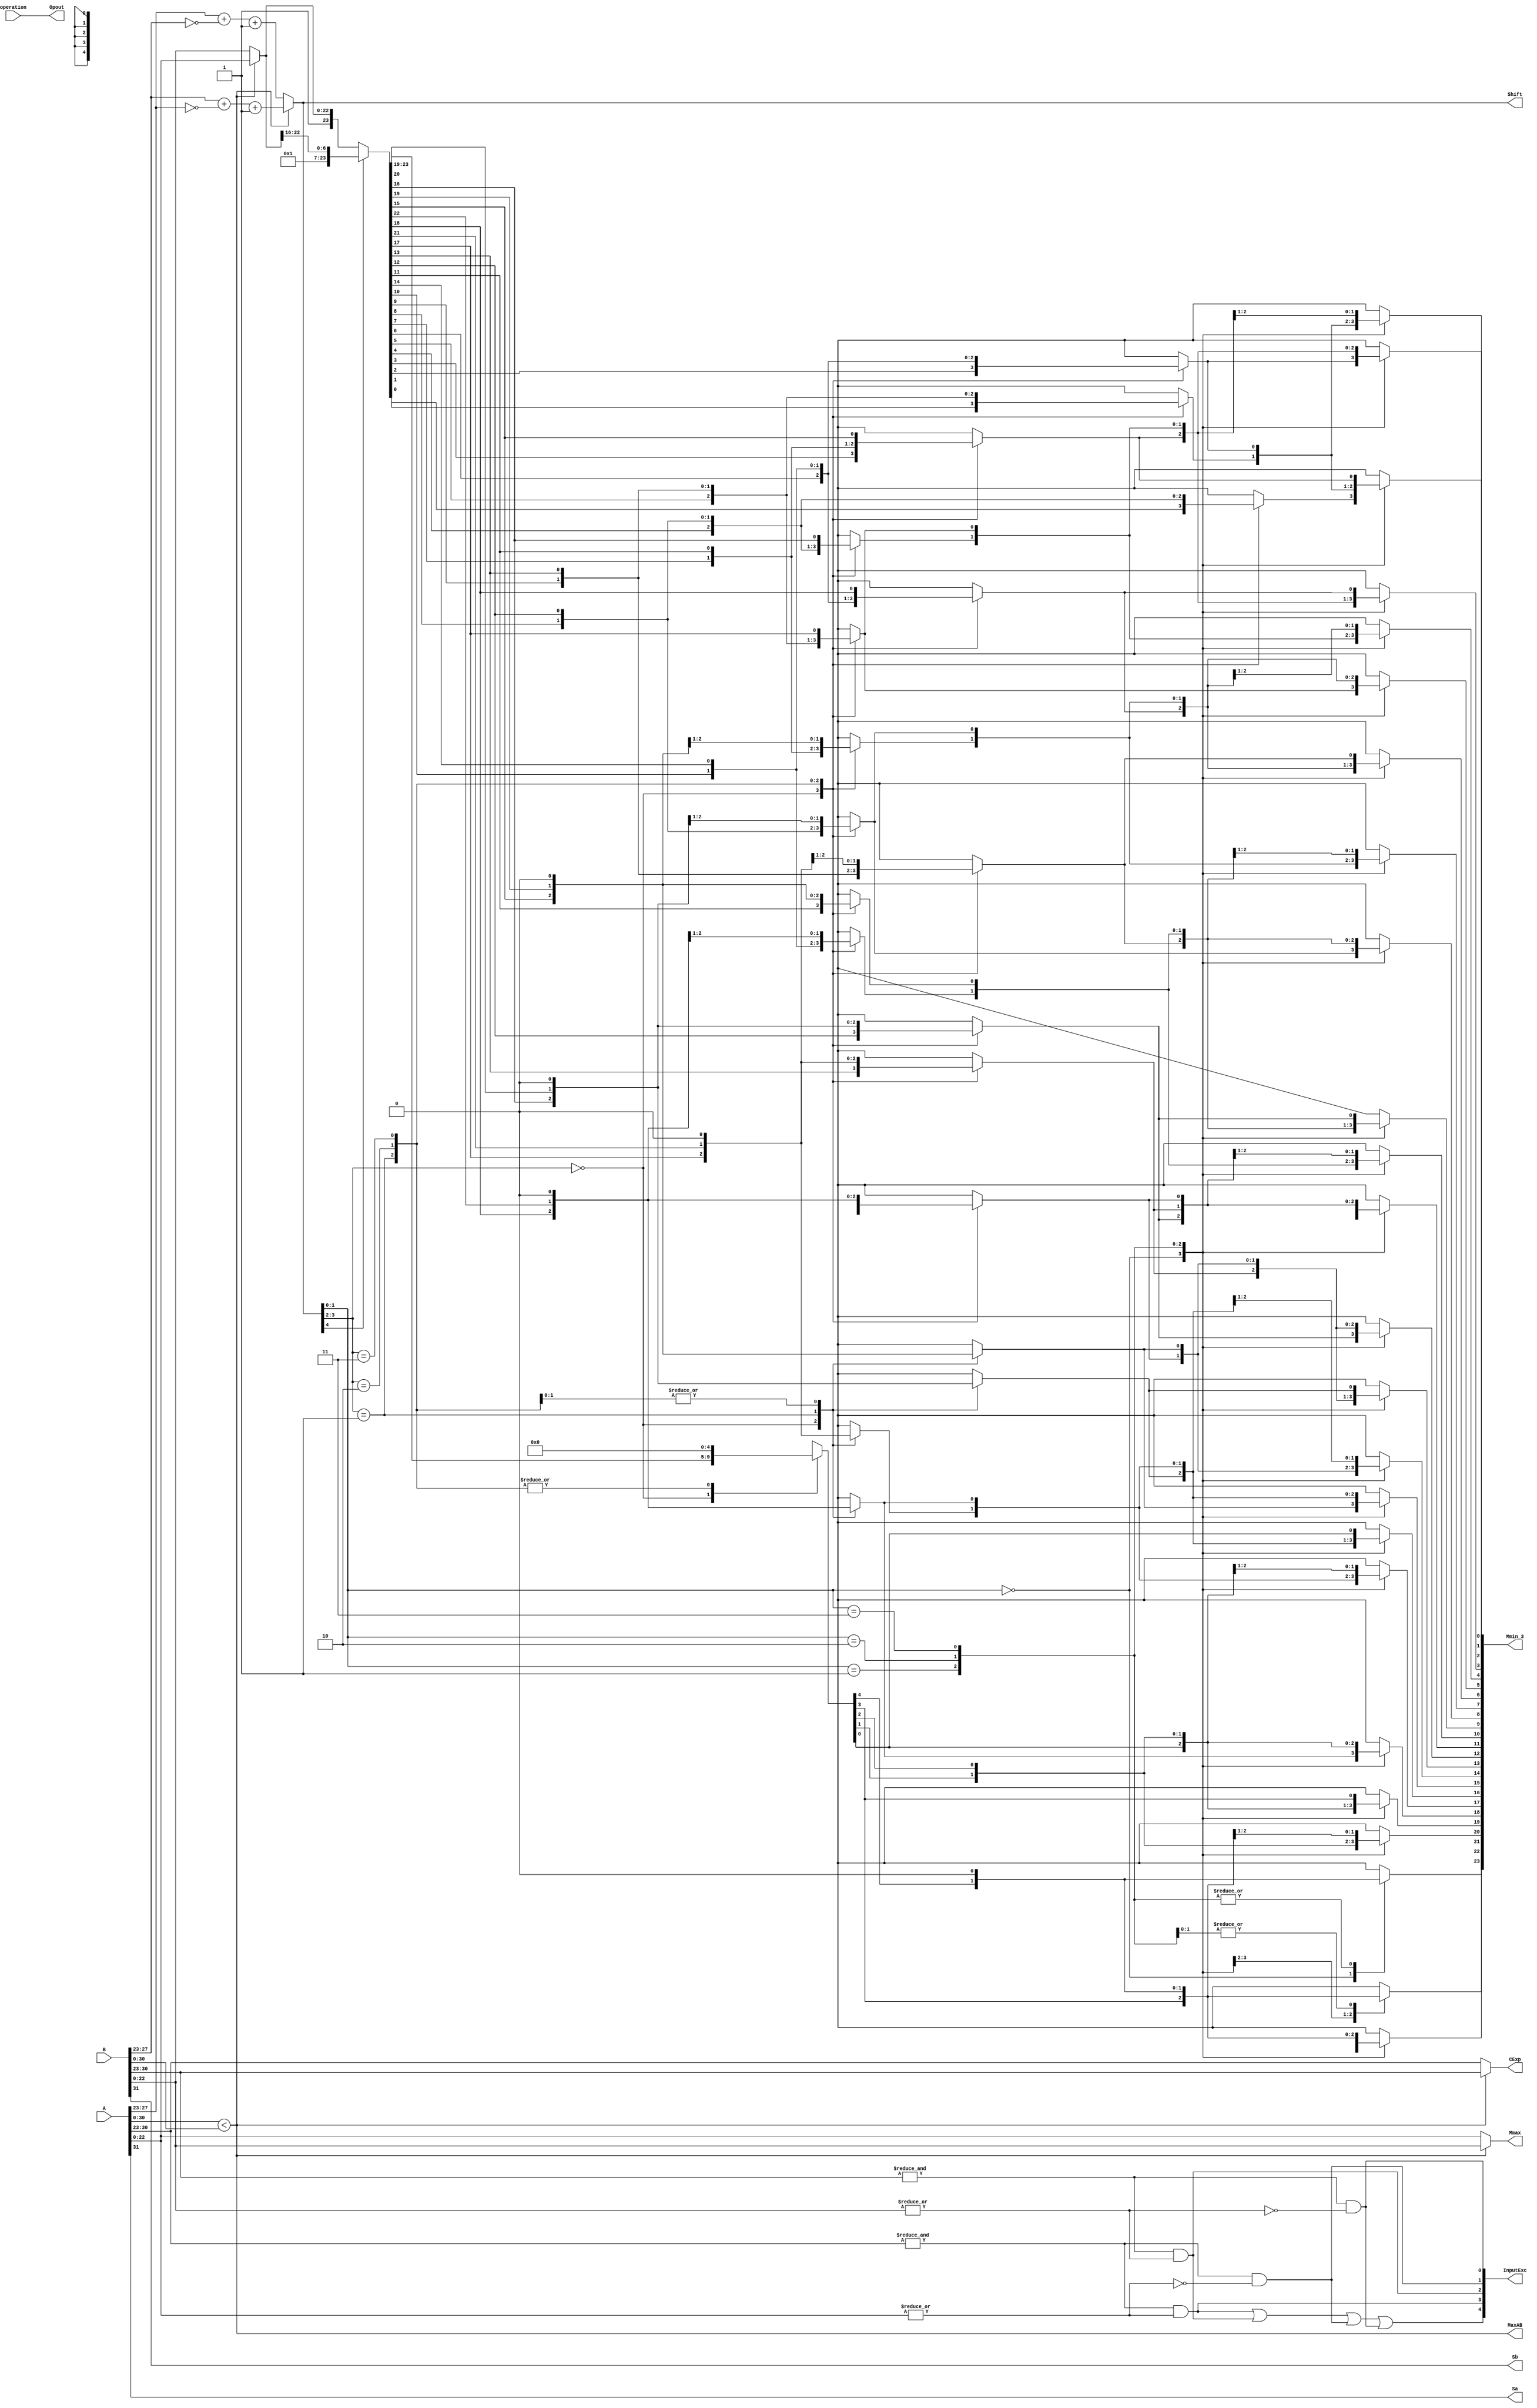
`define BFLOAT16 
`define EXPONENT 8
`define MANTISSA 7
`define EXPONENT 5
`define MANTISSA 10
`define SIGN 1
`define DWIDTH (`SIGN+`EXPONENT+`MANTISSA)
`define AWIDTH 8
`define MEM_SIZE 256
`define MAT_MUL_SIZE 20
`define MASK_WIDTH 20
`define LOG2_MAT_MUL_SIZE 4 
`define BB_MAT_MUL_SIZE `MAT_MUL_SIZE
`define NUM_CYCLES_IN_MAC 3
`define MEM_ACCESS_LATENCY 1
`define ADDR_STRIDE_WIDTH 8

module FPAddSub_a(
		A,
		B,
		operation,
		Opout,
		Sa,
		Sb,
		MaxAB,
		CExp,
		Shift,
		Mmax,
		InputExc,
		Mmin_3
		
		
	);
	
	// Input ports
	input [31:0] A ;										// Input A, a 32-bit floating point number
	input [31:0] B ;										// Input B, a 32-bit floating point number
	input operation ;
	
	//output ports
	output Opout;
	output Sa;
	output Sb;
	output MaxAB;
	output [7:0] CExp;
	output [4:0] Shift;
	output [22:0] Mmax;
	output [4:0] InputExc;
	output [23:0] Mmin_3;	
							
	wire [9:0] ShiftDet ;							
	wire [30:0] Aout ;
	wire [30:0] Bout ;
	

	// Internal signals									// If signal is high...
	wire ANaN ;												// A is a NaN (Not-a-Number)
	wire BNaN ;												// B is a NaN
	wire AInf ;												// A is infinity
	wire BInf ;												// B is infinity
	wire [7:0] DAB ;										// ExpA - ExpB					
	wire [7:0] DBA ;										// ExpB - ExpA	
	
	assign ANaN = &(A[30:23]) & |(A[22:0]) ;		// All one exponent and not all zero mantissa - NaN
	assign BNaN = &(B[30:23]) & |(B[22:0]);		// All one exponent and not all zero mantissa - NaN
	assign AInf = &(A[30:23]) & ~|(A[22:0]) ;	// All one exponent and all zero mantissa - Infinity
	assign BInf = &(B[30:23]) & ~|(B[22:0]) ;	// All one exponent and all zero mantissa - Infinity
	
	// Put all flags into exception vector
	assign InputExc = {(ANaN | BNaN | AInf | BInf), ANaN, BNaN, AInf, BInf} ;
	
	//assign DAB = (A[30:23] - B[30:23]) ;
	//assign DBA = (B[30:23] - A[30:23]) ;
  assign DAB = (A[30:23] + ~(B[30:23]) + 1) ;
	assign DBA = (B[30:23] + ~(A[30:23]) + 1) ;

	assign Sa = A[31] ;									// A's sign bit
	assign Sb = B[31] ;									// B's sign	bit
	assign ShiftDet = {DBA[4:0], DAB[4:0]} ;		// Shift data
	assign Opout = operation ;
	assign Aout = A[30:0] ;
	assign Bout = B[30:0] ;

/////////////////////////////////////////////////////////////////////////////////////////////////////////////
	// Output ports
													// Number of steps to smaller mantissa shift right
	wire [22:0] Mmin_1 ;							// Smaller mantissa 
	
	// Internal signals
	//wire BOF ;										// Check for shifting overflow if B is larger
	//wire AOF ;										// Check for shifting overflow if A is larger
	
	assign MaxAB = (Aout[30:0] < Bout[30:0]) ;	
	//assign BOF = ShiftDet[9:5] < 25 ;		// Cannot shift more than 25 bits
	//assign AOF = ShiftDet[4:0] < 25 ;		// Cannot shift more than 25 bits
	
	// Determine final shift value
	//assign Shift = MaxAB ? (BOF ? ShiftDet[9:5] : 5'b11001) : (AOF ? ShiftDet[4:0] : 5'b11001) ;
	
	assign Shift = MaxAB ? ShiftDet[9:5] : ShiftDet[4:0] ;
	
	// Take out smaller mantissa and append shift space
	assign Mmin_1 = MaxAB ? Aout[22:0] : Bout[22:0] ; 
	
	// Take out larger mantissa	
	assign Mmax = MaxAB ? Bout[22:0]: Aout[22:0] ;	
	
	// Common exponent
	assign CExp = (MaxAB ? Bout[30:23] : Aout[30:23]) ;	

// Input ports
					// Smaller mantissa after 16|12|8|4 shift
	wire [2:0] Shift_1 ;						// Shift amount
	
	assign Shift_1 = Shift [4:2];

	wire [23:0] Mmin_2 ;						// The smaller mantissa
	
	// Internal signals
	reg	  [23:0]		Lvl1;
	reg	  [23:0]		Lvl2;
	wire    [47:0]    Stage1;	
	integer           i;                // Loop variable
	
	always @(*) begin						
		// Rotate by 16?
		Lvl1 <= Shift_1[2] ? {17'b00000000000000001, Mmin_1[22:16]} : {1'b1, Mmin_1}; 
	end
	
	assign Stage1 = {Lvl1, Lvl1};
	
	always @(*) begin    					// Rotate {0 | 4 | 8 | 12} bits
	  case (Shift_1[1:0])
			// Rotate by 0	
			2'b00:  Lvl2 <= Stage1[23:0];       			
			// Rotate by 4	
			2'b01:  begin for (i=0; i<=23; i=i+1) begin Lvl2[i] <= Stage1[i+4]; end Lvl2[23:19] <= 0; end
			// Rotate by 8
			2'b10:  begin for (i=0; i<=23; i=i+1) begin Lvl2[i] <= Stage1[i+8]; end Lvl2[23:15] <= 0; end
			// Rotate by 12	
			2'b11:  begin for (i=0; i<=23; i=i+1) begin Lvl2[i] <= Stage1[i+12]; end Lvl2[23:11] <= 0; end
	  endcase
	end
	
	// Assign output to next shift stage
	assign Mmin_2 = Lvl2;
								// Smaller mantissa after 16|12|8|4 shift
	wire [1:0] Shift_2 ;						// Shift amount
	
	assign Shift_2 =Shift  [1:0] ;
					// The smaller mantissa
	
	// Internal Signal
	reg	  [23:0]		Lvl3;
	wire    [47:0]    Stage2;	
	integer           j;               // Loop variable
	
	assign Stage2 = {Mmin_2, Mmin_2};

	always @(*) begin    // Rotate {0 | 1 | 2 | 3} bits
	  case (Shift_2[1:0])
			// Rotate by 0
			2'b00:  Lvl3 <= Stage2[23:0];   
			// Rotate by 1
			2'b01:  begin for (j=0; j<=23; j=j+1)  begin Lvl3[j] <= Stage2[j+1]; end Lvl3[23] <= 0; end 
			// Rotate by 2
			2'b10:  begin for (j=0; j<=23; j=j+1)  begin Lvl3[j] <= Stage2[j+2]; end Lvl3[23:22] <= 0; end 
			// Rotate by 3
			2'b11:  begin for (j=0; j<=23; j=j+1)  begin Lvl3[j] <= Stage2[j+3]; end Lvl3[23:21] <= 0; end 	  
	  endcase
	end
	
	// Assign output
	assign Mmin_3 = Lvl3;	

	
endmodule